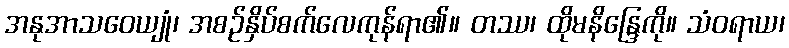
အနုအာသဝေယျုံ၊ အစဉ်နှိပ်စက်လေကုန်ရာ၏။ တဿ၊ ထိုမနိန္ဒြေကို။ သံဝရာယ၊